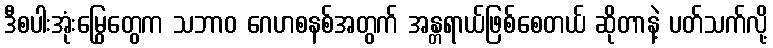
ဒီစပါးအုံးမြွေတွေက သဘာဝ ဂေဟစနစ်အတွက် အန္တရာယ်ဖြစ်စေတယ် ဆိုတာနဲ့ ပတ်သက်လို့